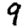
Digit: 9